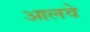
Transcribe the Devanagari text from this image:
आलवे